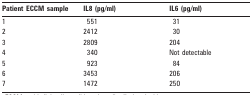
<table><thead><tr><td><b>Patient ECCM sample</b></td><td><b>IL8 (pg/ml)</b></td><td><b>IL6 (pg/ml)</b></td></tr></thead><tbody><tr><td>1</td><td>551</td><td>31</td></tr><tr><td>2</td><td>2412</td><td>30</td></tr><tr><td>3</td><td>2809</td><td>204</td></tr><tr><td>4</td><td>340</td><td>Not detectable</td></tr><tr><td>5</td><td>923</td><td>84</td></tr><tr><td>6</td><td>3453</td><td>206</td></tr><tr><td>7</td><td>1472</td><td>250</td></tr></tbody></table>